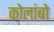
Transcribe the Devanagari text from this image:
कोलांबो